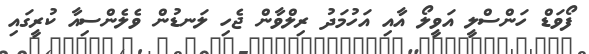
ފޯވަޑް ހަންސްލީ އަވީލޯ އާއި އަހުމަދު ރިލްވާން ޖެހި ލަނޑުން ވެލެންސިއާ ކުރީގައި